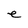
Character: e